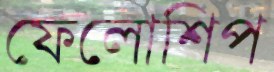
ফেলোশিপ